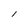
Character: l